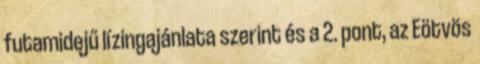
futamidejű lízingajánlata szerint és a 2. pont, az Eötvös